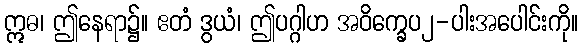
ဣဓ၊ ဤနေရာ၌။ ဧတံ ဒွယံ၊ ဤပဂ္ဂါဟ အဝိက္ခေပ၂-ပါးအပေါင်းကို။